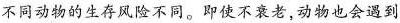
不同动物的生存风险不同。即使不衰老，动物也会遇到